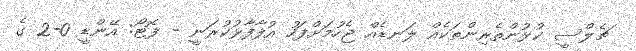
ޗެލްސީ ކުޅުންތެރިންތަކެއް ލަނޑެއް ޖެހުމަށްފަހު އުފާފާޅުކުރަނީ - ފޮޓޯ: އޭންޑީ 0-2 ގެ